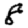
Digit: 8